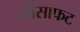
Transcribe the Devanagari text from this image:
जोसाफट